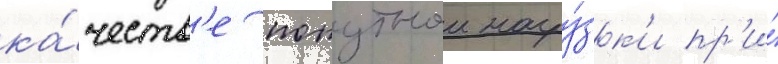
ка́честв'е попутнои нагру́зк'и пр'и́